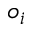
o _ { i }